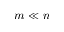
m \ll n